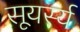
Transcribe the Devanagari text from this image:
सूयर्स्य